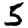
Digit: 5